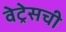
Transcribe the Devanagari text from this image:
वेट्रेसची